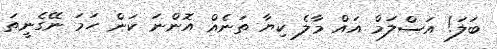
ބަލަ! އަސްލަމް އައް މާލެ ކިޔާ ތަނެއް އޮންނަ ކަން ހަމަ ނޭގެނީތަ